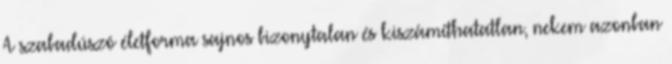
A szabadúszó életforma sajnos bizonytalan és kiszámíthatatlan, nekem azonban